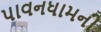
પાવનધામની